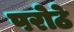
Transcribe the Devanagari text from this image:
परोठे